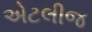
એટલીજ